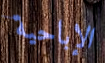
الإباحية